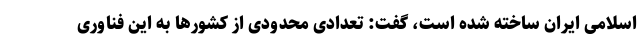
اسلامی ایران ساخته شده است، گفت: تعدادی محدودی از کشورها به این فناوری